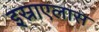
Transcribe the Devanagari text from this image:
इस्राएलास